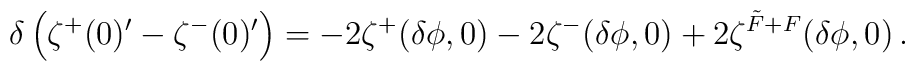
\delta \left( \zeta^+(0)'-\zeta^-(0)'\right)=-2\zeta^+(\delta\phi ,0)-2\zeta^-(\delta\phi ,0)+2\zeta^{\tilde F+F} (\delta\phi ,0) \,.